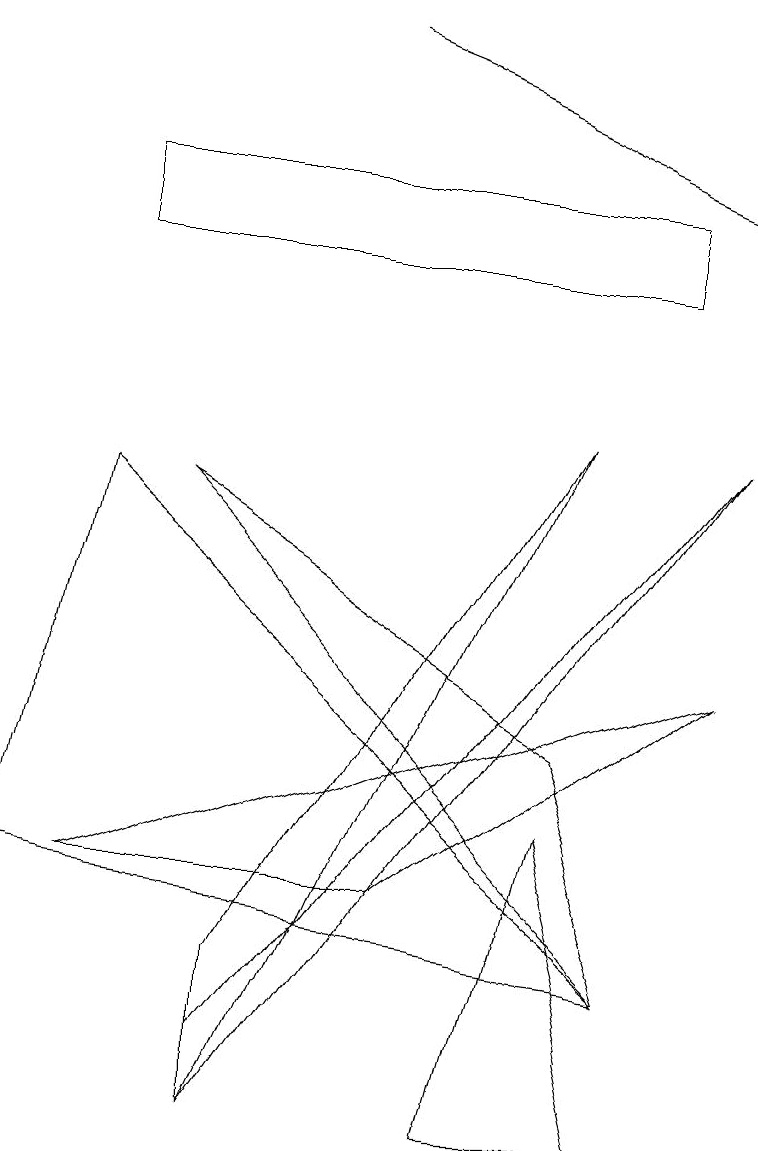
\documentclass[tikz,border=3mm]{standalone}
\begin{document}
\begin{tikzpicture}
\draw[->] (4,14) -- (9,12);
\draw (2,8) -- (8,2) -- (7,5) -- cycle;
\draw (1,8) -- (8,2) -- (0,3) -- cycle;
\draw (3,0) -- (7,9) -- (3,2) -- cycle;
\draw (6,0) -- (7,4) -- (8,0) -- cycle;
\draw (8,11) rectangle (1,12);
\draw (1,3) -- (5,3) -- (9,6) -- cycle;
\draw (3,0) -- (3,1) -- (9,9) -- cycle;
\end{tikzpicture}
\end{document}